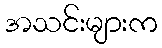
အသင်းများက